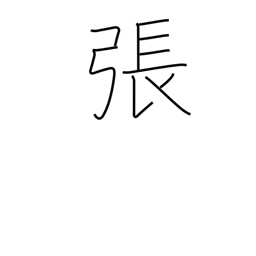
Meaning: counter for bows & stringed instruments